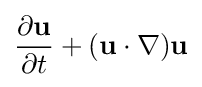
{\frac {\partial \mathbf {u} }{\partial t}}+(\mathbf {u} \cdot \nabla )\mathbf {u}